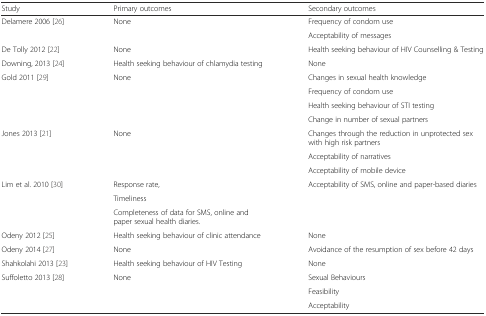
<table><thead><tr><td><b>Study</b></td><td><b>Primary outcomes</b></td><td><b>Secondary outcomes</b></td></tr></thead><tbody><tr><td rowspan="2">Delamere 2006 [26]</td><td rowspan="2">None</td><td>Frequency of condom use</td></tr><tr><td>Acceptability of messages</td></tr><tr><td>De Tolly 2012 [22]</td><td>None</td><td>Health seeking behaviour of HIV Counselling &amp; Testing</td></tr><tr><td>Downing, 2013 [24]</td><td>Health seeking behaviour of chlamydia testing</td><td>None</td></tr><tr><td rowspan="4">Gold 2011 [29]</td><td rowspan="4">None</td><td>Changes in sexual health knowledge</td></tr><tr><td>Frequency of condom use</td></tr><tr><td>Health seeking behaviour of STI testing</td></tr><tr><td>Change in number of sexual partners</td></tr><tr><td rowspan="3">Jones 2013 [21]</td><td rowspan="3">None</td><td>Changes through the reduction in unprotected sex with high risk partners</td></tr><tr><td>Acceptability of narratives</td></tr><tr><td>Acceptability of mobile device</td></tr><tr><td rowspan="3">Lim et al. 2010 [30]</td><td>Response rate,</td><td rowspan="3">Acceptability of SMS, online and paper-based diaries</td></tr><tr><td>Timeliness</td></tr><tr><td>Completeness of data for SMS, online and paper sexual health diaries.</td></tr><tr><td>Odeny 2012 [25]</td><td>Health seeking behaviour of clinic attendance</td><td>None</td></tr><tr><td>Odeny 2014 [27]</td><td>None</td><td>Avoidance of the resumption of sex before 42 days</td></tr><tr><td>Shahkolahi 2013 [23]</td><td>Health seeking behaviour of HIV Testing</td><td>None</td></tr><tr><td rowspan="3">Suffoletto 2013 [28]</td><td rowspan="3">None</td><td>Sexual Behaviours</td></tr><tr><td>Feasibility</td></tr><tr><td>Acceptability</td></tr></tbody></table>